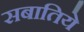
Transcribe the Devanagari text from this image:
सबातिये